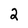
Character: 2